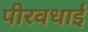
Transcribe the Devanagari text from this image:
पीरवधाई